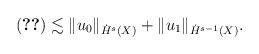
LaTeX: \begin{align*}\eqref{est:inh}\lesssim \|u_0\|_{\dot H^{s}(X)}+\|u_1\|_{\dot H^{s-1}(X)}.\end{align*}